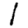
Digit: 1